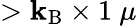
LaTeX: >\mathbf{k}_{\mathrm{{B}}}\times1~\mu